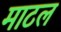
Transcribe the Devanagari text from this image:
माटल